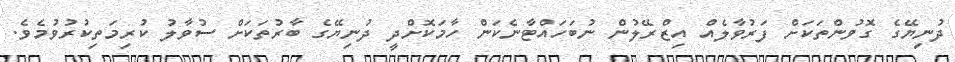
ދުނިޔޭގެ ގޮވުންތަކަށް ފަރުވާލެއް އިޒްރޭލުން ނުބަހައްޓާނެކަން ހާމަކޮށްދީ ދުނިޔޭގެ ބާރުތަކަށް ސުވާލު ކުރިމަތިކުރުވުމެވެ.